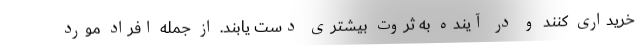
خریداری کنند و در آینده به ثروت بیشتری دست یابند. از جمله افراد مورد